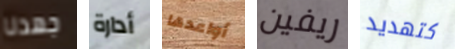
جهدنا أدارة أواعدها ريفين كتهديد